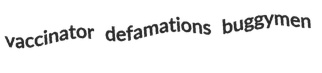
vaccinator defamations buggymen